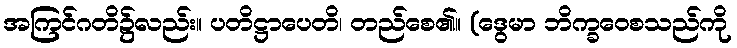
အကြင်ဂတိ၌လည်း။ ပတိဋ္ဌာပေတိ၊ တည်စေ၏။ (ဒွေမာ ဘိက္ခဝေစသည်ကို